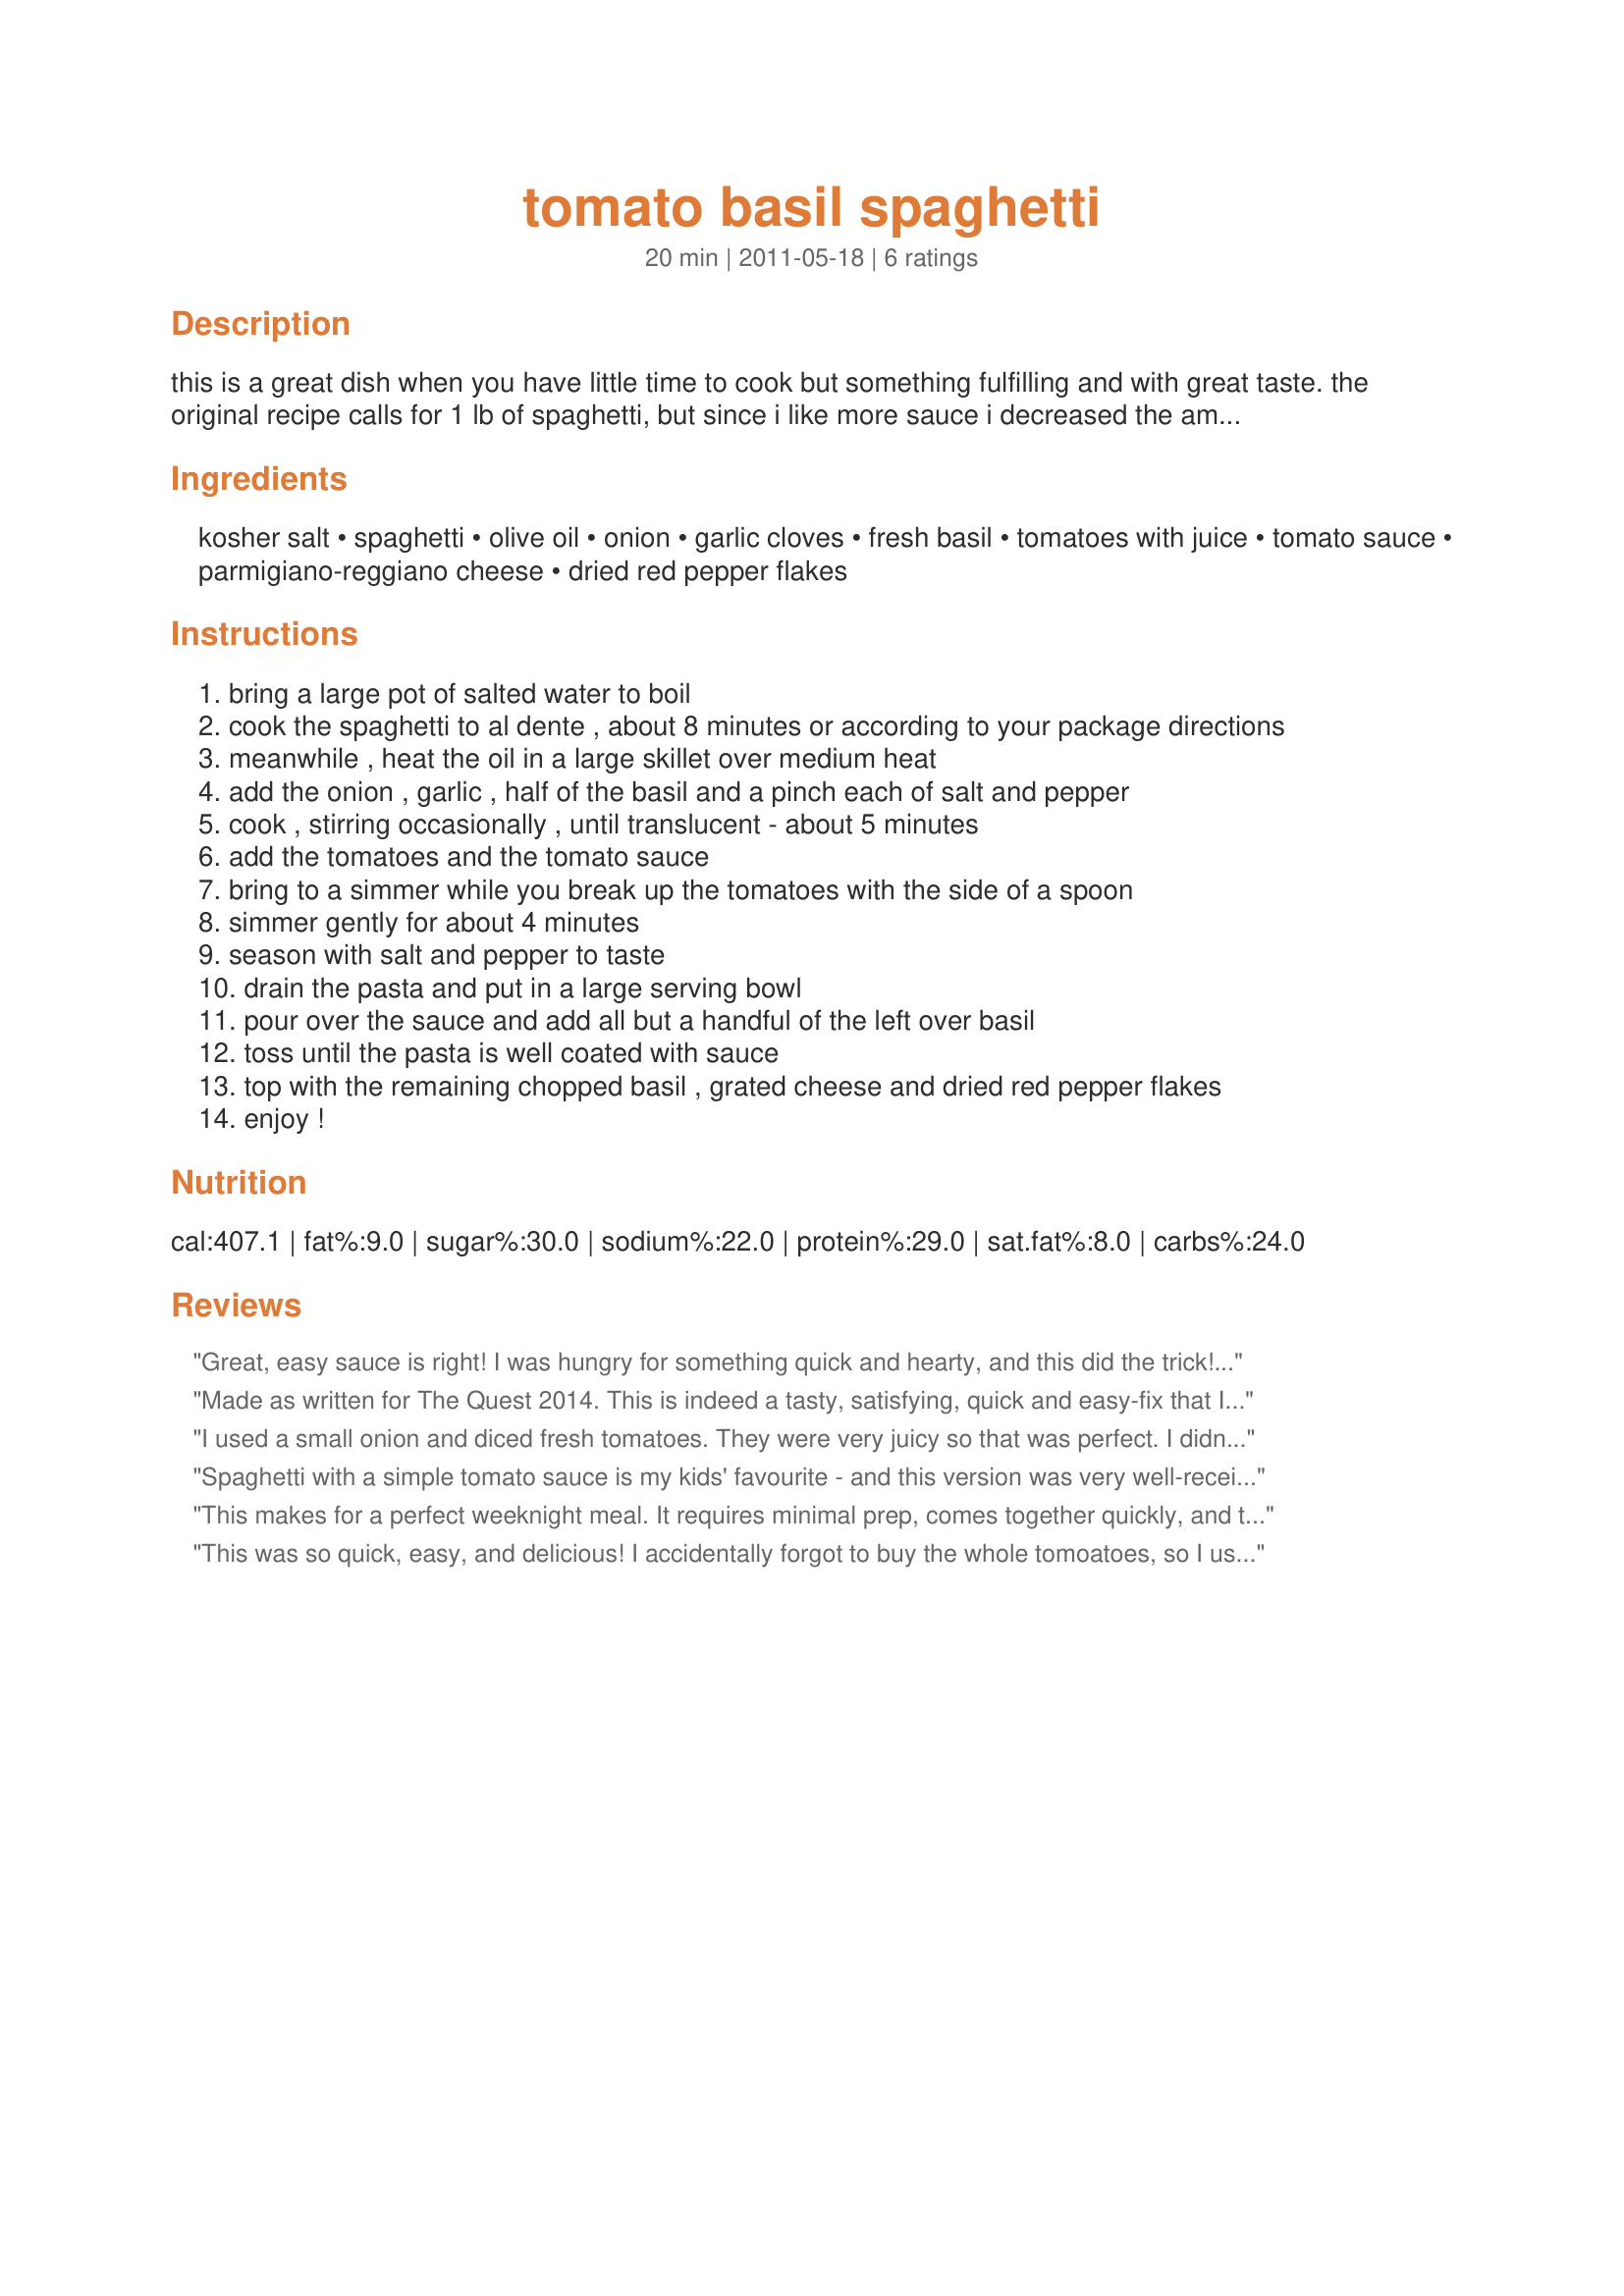
tomato basil spaghetti
Preparation time: 20 minutes

this is a great dish when you have little time to cook but something fulfilling and with great taste. the original recipe calls for 1 lb of spaghetti, but since i like more sauce i decreased the amount to 3/4 lb. it's up to you how much pasta you'd like to use. the sauce comes together quickly and the results are always excellent. begin the sauce as soon as you turn the pasta water on to boil. it's that fast! recipe courtesy of eva longoria.

Ingredients:
kosher salt, spaghetti, olive oil, onion, garlic cloves, fresh basil, tomatoes with juice, tomato sauce, parmigiano-reggiano cheese, dried red pepper flakes

Steps:
bring a large pot of salted water to boil
cook the spaghetti to al dente , about 8 minutes or according to your package directions
meanwhile , heat the oil in a large skillet over medium heat
add the onion , garlic , half of the basil and a pinch each of salt and pepper
cook , stirring occasionally , until translucent - about 5 minutes
add the tomatoes and the tomato sauce
bring to a simmer while you break up the tomatoes with the side of a spoon
simmer gently for about 4 minutes
season with salt and pepper to taste
drain the pasta and put in a large serving bowl
pour over the sauce and add all but a handful of the left over basil
toss until the pasta is well coated with sauce
top with the remaining chopped basil , grated cheese and dried red pepper flakes
enjoy !

Reviews:
Great, easy sauce is right! I was hungry for something quick and hearty, and this did the trick! I used fresh basil snipped from my garden and served over rice noodles to make it gluten free. Thanks for sharing! Veggie Swap 38
Made as written for The Quest 2014. This is indeed a tasty, satisfying, quick and easy-fix that I served w/meatballs and a side-salad. I will admit, however, that if I intended it to be my main meal of the day, I would prefer a protein with it (or in it). Without a protein, using black olives or mushrooms as optional adds would also add color and texture. A full bowl and a piece of garlic bread and I would be happy. Thx for sharing your recipe. :-)
I used a small onion and diced fresh tomatoes. They were very juicy so that was perfect. I didn't have tomato sauce so I used a little bit of Garden cocktail (vegetable juice). I topped mine with mozzarella cheese and red pepper flakes. It was so yummy with a fresh taste. Thanks LifeIsGood :) Made for Photo tag game
Spaghetti with a simple tomato sauce is my kids' favourite - and this version was very well-received today. It is a classic. Thanks.
This makes for a perfect weeknight meal. It requires minimal prep, comes together quickly, and tastes fresh and delicious. I loved how the basil really comes through in this dish and the kick the hot red pepper flakes lend. The only change DH and I made was to use linguine noodles as that was what we had on hand. Made for PAC Spring 2013.
This was so quick, easy, and delicious! I accidentally forgot to buy the whole tomoatoes, so I used tomato puree and diced tomoatoes so had to up the seasonings to compensate but that was my fault and not the recipe's. Made this for ZWT7 Count Dracula and His Hot Bites. Thanks!
